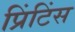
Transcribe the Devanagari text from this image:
प्रिंटिंस